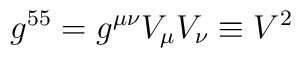
g^{55}=g^{\mu\nu}V_{\mu}V_{\nu}\equiv V^2